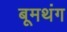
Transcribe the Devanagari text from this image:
बूमथंग